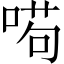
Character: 𠸚